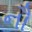
નૌ